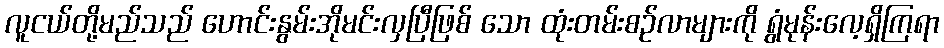
လူငယ်တို့မည်သည် ဟောင်းနွမ်းအိုမင်းလှပြီဖြစ် သော ထုံးတမ်းစဉ်လာများကို ရွံမုန်းလေ့ရှိကြရာ